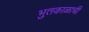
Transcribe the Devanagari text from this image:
भुतकाळाची